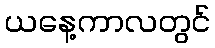
ယနေ့ကာလတွင်